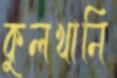
কুলখানি